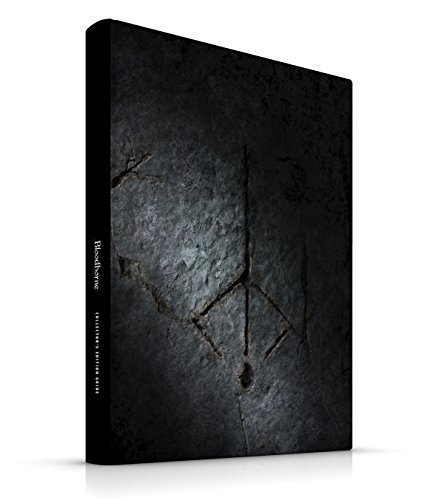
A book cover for Bloodborne Collector's Edition Strategy Guide; Future Press; Humor & Entertainment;